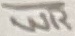
Text: WR